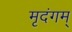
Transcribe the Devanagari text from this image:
मृदंगम्